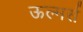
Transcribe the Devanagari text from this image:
ऊल्मर्स